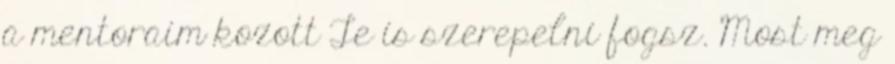
a mentoraim kozott Te is szerepelni fogsz. Most meg